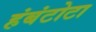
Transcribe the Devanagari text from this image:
हंबंटोटा